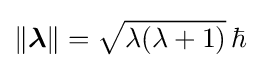
\|{\boldsymbol {\lambda }}\|={\sqrt {\lambda (\lambda +1)}}\,\hbar